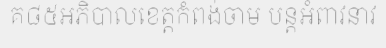
គ៨៥អភិបាលខេត្តកំពង់ចាម បន្តអំពាវនាវ